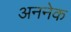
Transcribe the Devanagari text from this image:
अननेक